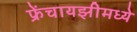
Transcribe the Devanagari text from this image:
फ्रेंचायझीमध्ये